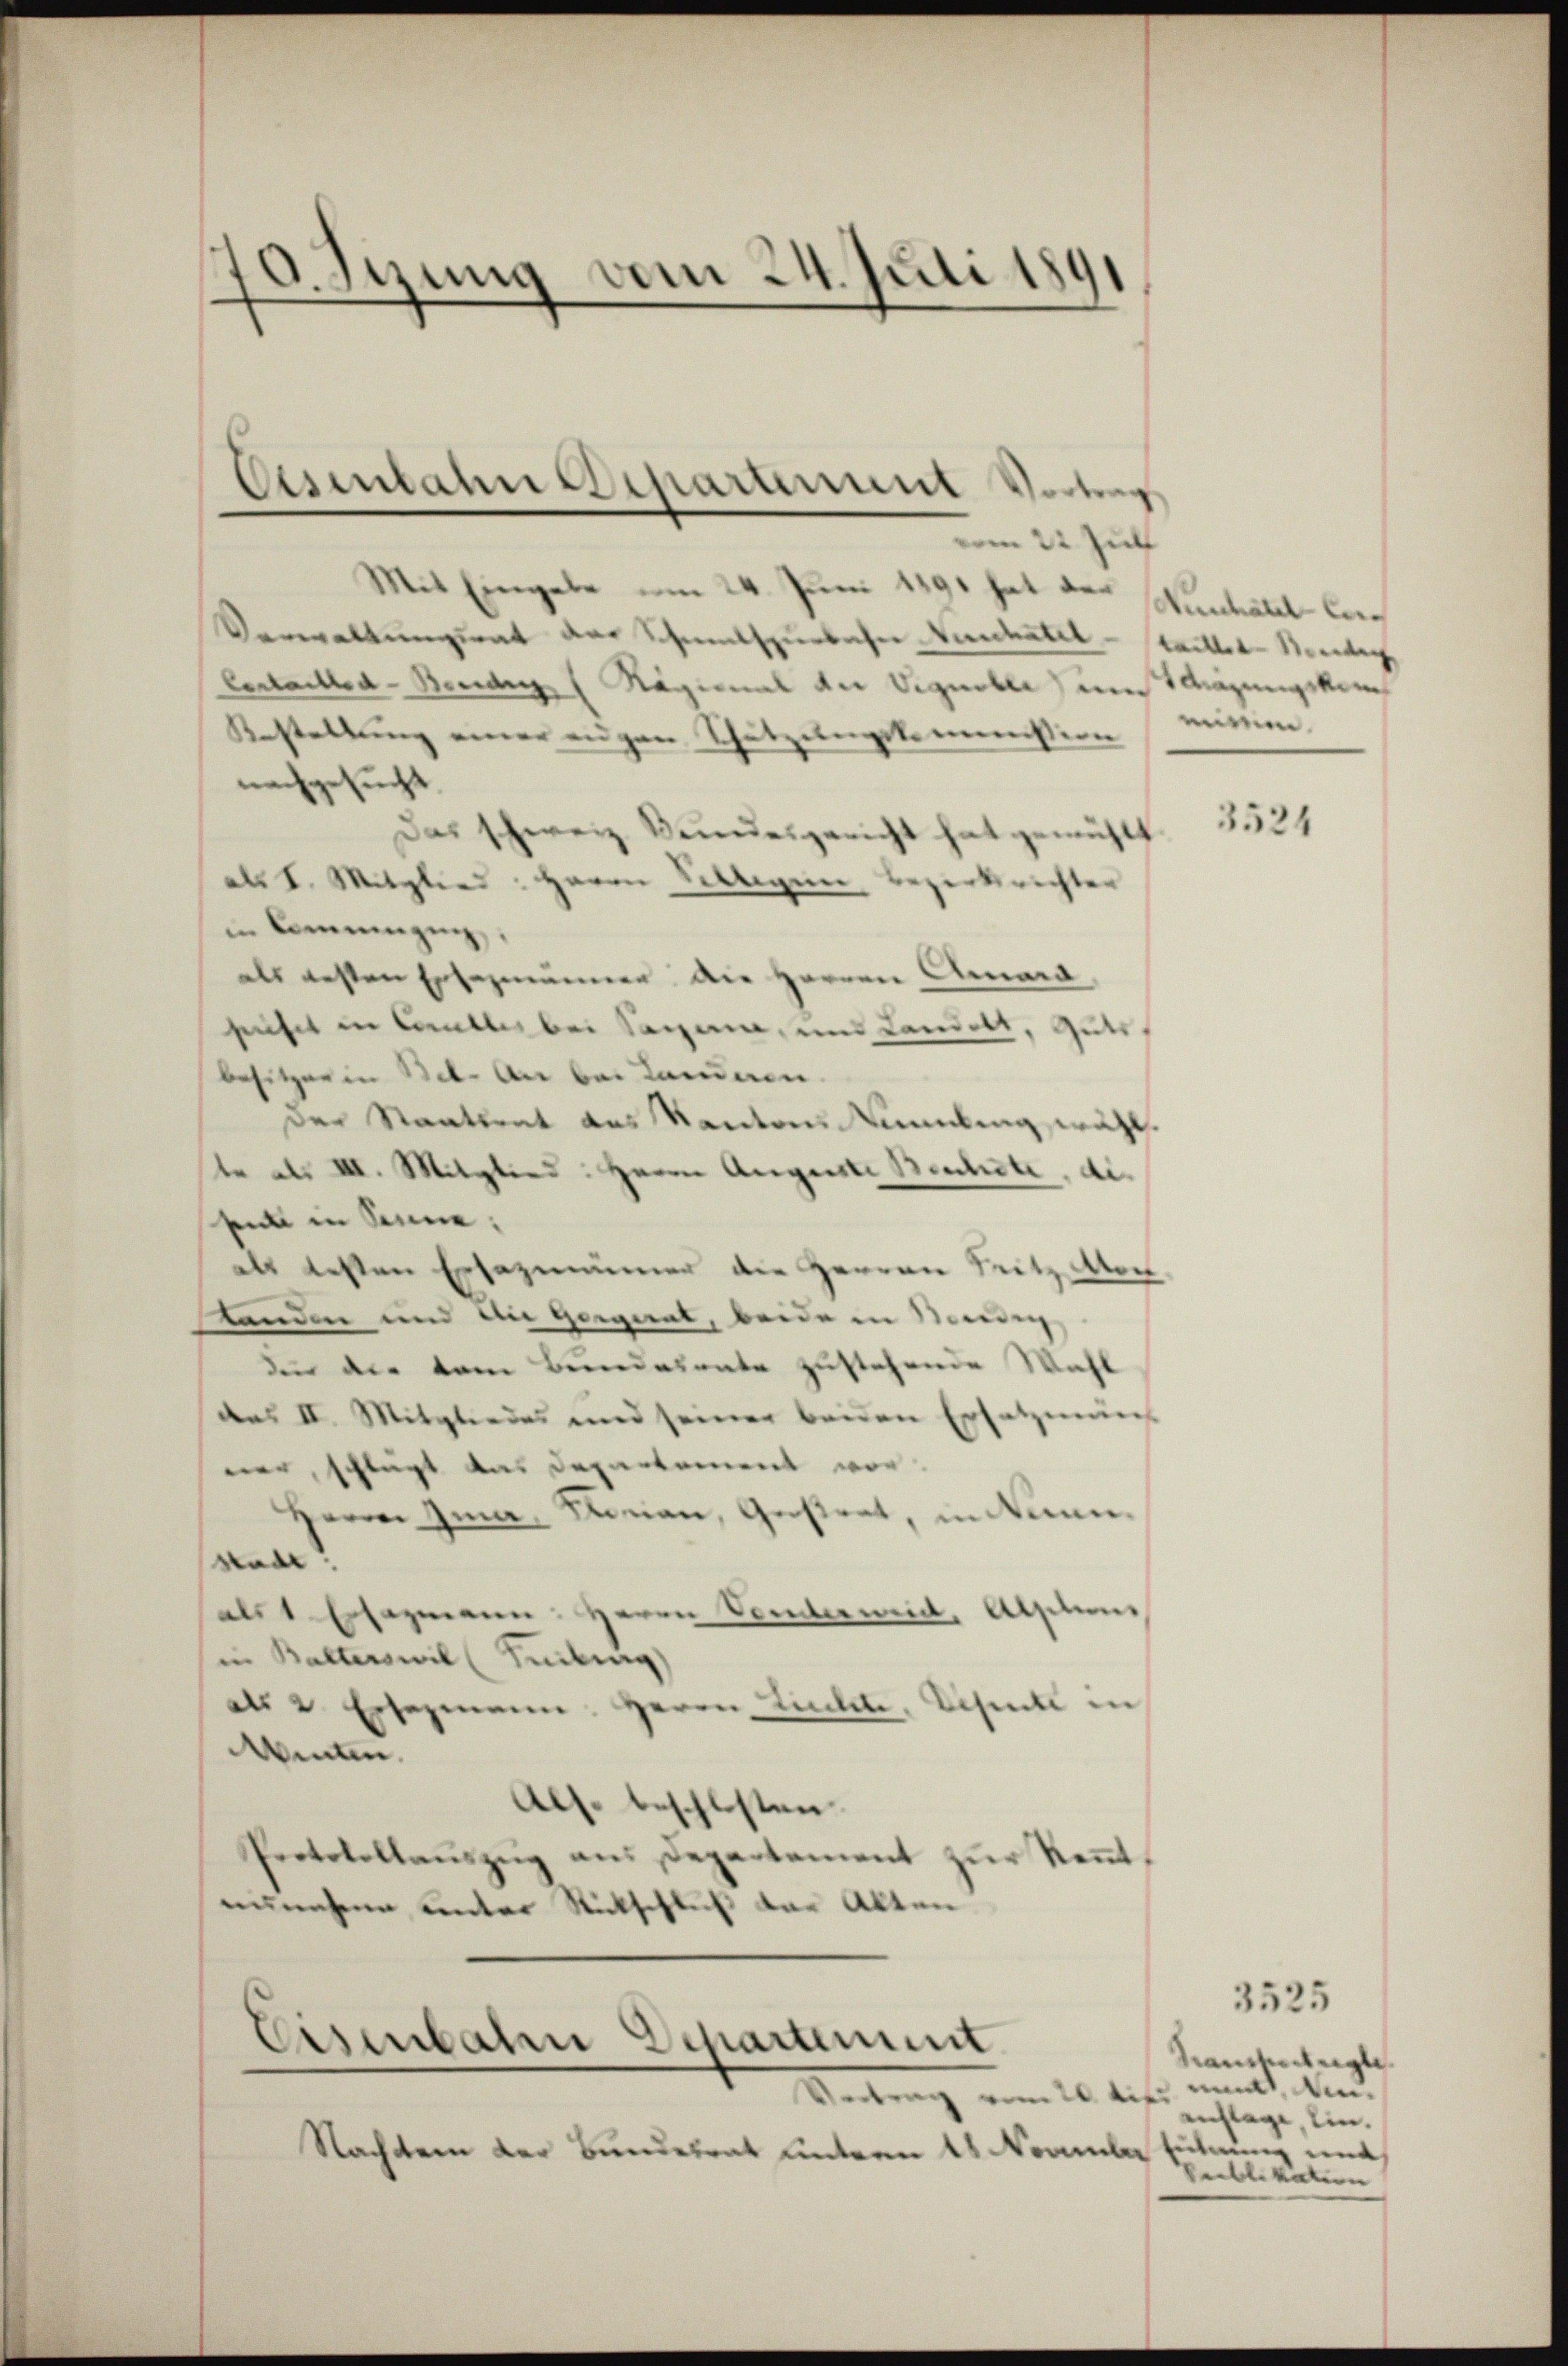
70. Sizung vom 24. Juli 1891

Mit Eingabe am 24. Juni 1891 hat der Manhatel Cach
Verwaltungsrat der Schmutspurbahn Vater - Taitter-Border
Certaillod - Beiden ( Näginal der Vignober) und Schrägungskom
Bestellŭng einer eigen Schätzungskommission mit.
nachgesucht.
Das schweiz. Bundesgericht hat gewühlt.
als I. Mitglied: Herrn Villigen Bezirksrichter
in Bereinigung,
als gesten Ersezmänner die Herren Amara,
suchet in Coulles bei Sagen, und Landels, Guts
besitzer in Bel. An bei Landeren.
der Staatsrat des Kantons Sammlung wa
te als III. Mitglied: Herrn Augenste Beschete, die
sel in Sonne;
als besten Ersezimmer die Herren Seitz Mon
standen und an gerint, beide in Mering
dee der vom Bundesrate zustehende Wahl
des II. Mitgliedes und seiner beiden Ersatzungs
ner, schlägt das Departement vor¬
Herrn. Gma. Roman, Gestrat, in dann
Rad!
als 1 Essegmann. Herrn Venermeid, Abstins
in Balterswil (Freiburg)
als 2. Ersezmann. Herrn Lichte, Schule in
Winten.
Als. beschlosten.
Protokollaŭszŭg ans Departement zŭr Keṅt-
nunahmen unter Rückschluß der Alten

Eisenbahn Departement oder
am 22 Jul

Eisenbahn Departement

ertrag vom 20 t
Nachtern der Bundesrat unterm 11 Nommler Eichnung und

3525
Sausserteigte
nund Aneichlage, ein.
Prublikation

3524